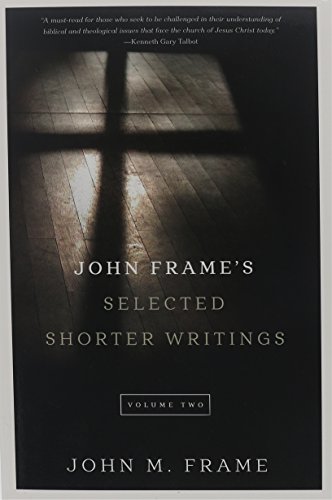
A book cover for John Frame's Selected Shorter Writings, Volume 2; John M. Frame; Christian Books & Bibles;